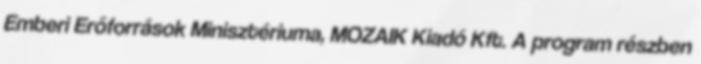
Emberi Erőforrások Minisztériuma, MOZAIK Kiadó Kft. A program részben